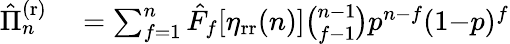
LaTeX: \begin{array}{rl}{\hat{\Pi}_{n}^{\mathrm{(r)}}}&{{}=\sum_{f=1}^{n}\hat{F}_{f}[\eta_{\mathrm{rr}}(n)]\binom{n-1}{f-1}p^{n-f}(1{-}p)^{f}}\end{array}